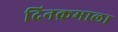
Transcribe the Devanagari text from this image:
दिनक्रमाला